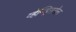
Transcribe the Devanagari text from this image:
व्हेन्ड्सिसेल